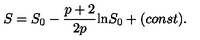
S = S _ { 0 } - \frac { p + 2 } { 2 p } \mathrm { l n } S _ { 0 } + ( c o n s t ) .